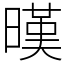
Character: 暵